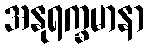
အနုရက္ခမာနာ